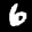
Label: 6